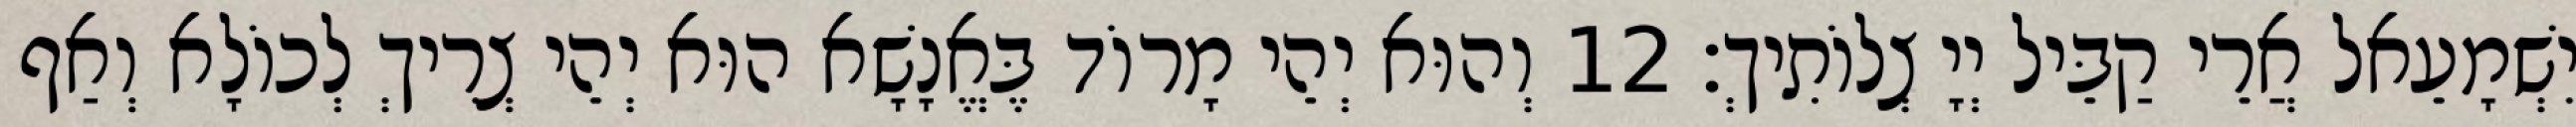
יִשְׁמָעֵאל אֲרֵי קַבֵּיל יְיָ צְלוֹתִיךְ׃ 12 וְהוּא יְהֵי מָרוֹד בֶּאֱנָשָׁא הוּא יְהֵי צְרִיךְ לְכוֹלָא וְאַף